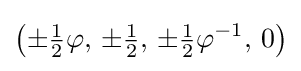
{\bigl (}{\pm {\tfrac {1}{2}}\varphi },\,\pm {\tfrac {1}{2}},\,\pm {\tfrac {1}{2}}\varphi ^{-1},\,0{\bigr )}